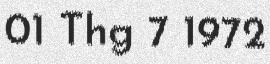
01 Thg 7 1972